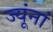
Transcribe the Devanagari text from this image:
ज्यूंनां